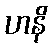
ဟနိ